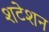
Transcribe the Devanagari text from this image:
शटेशन